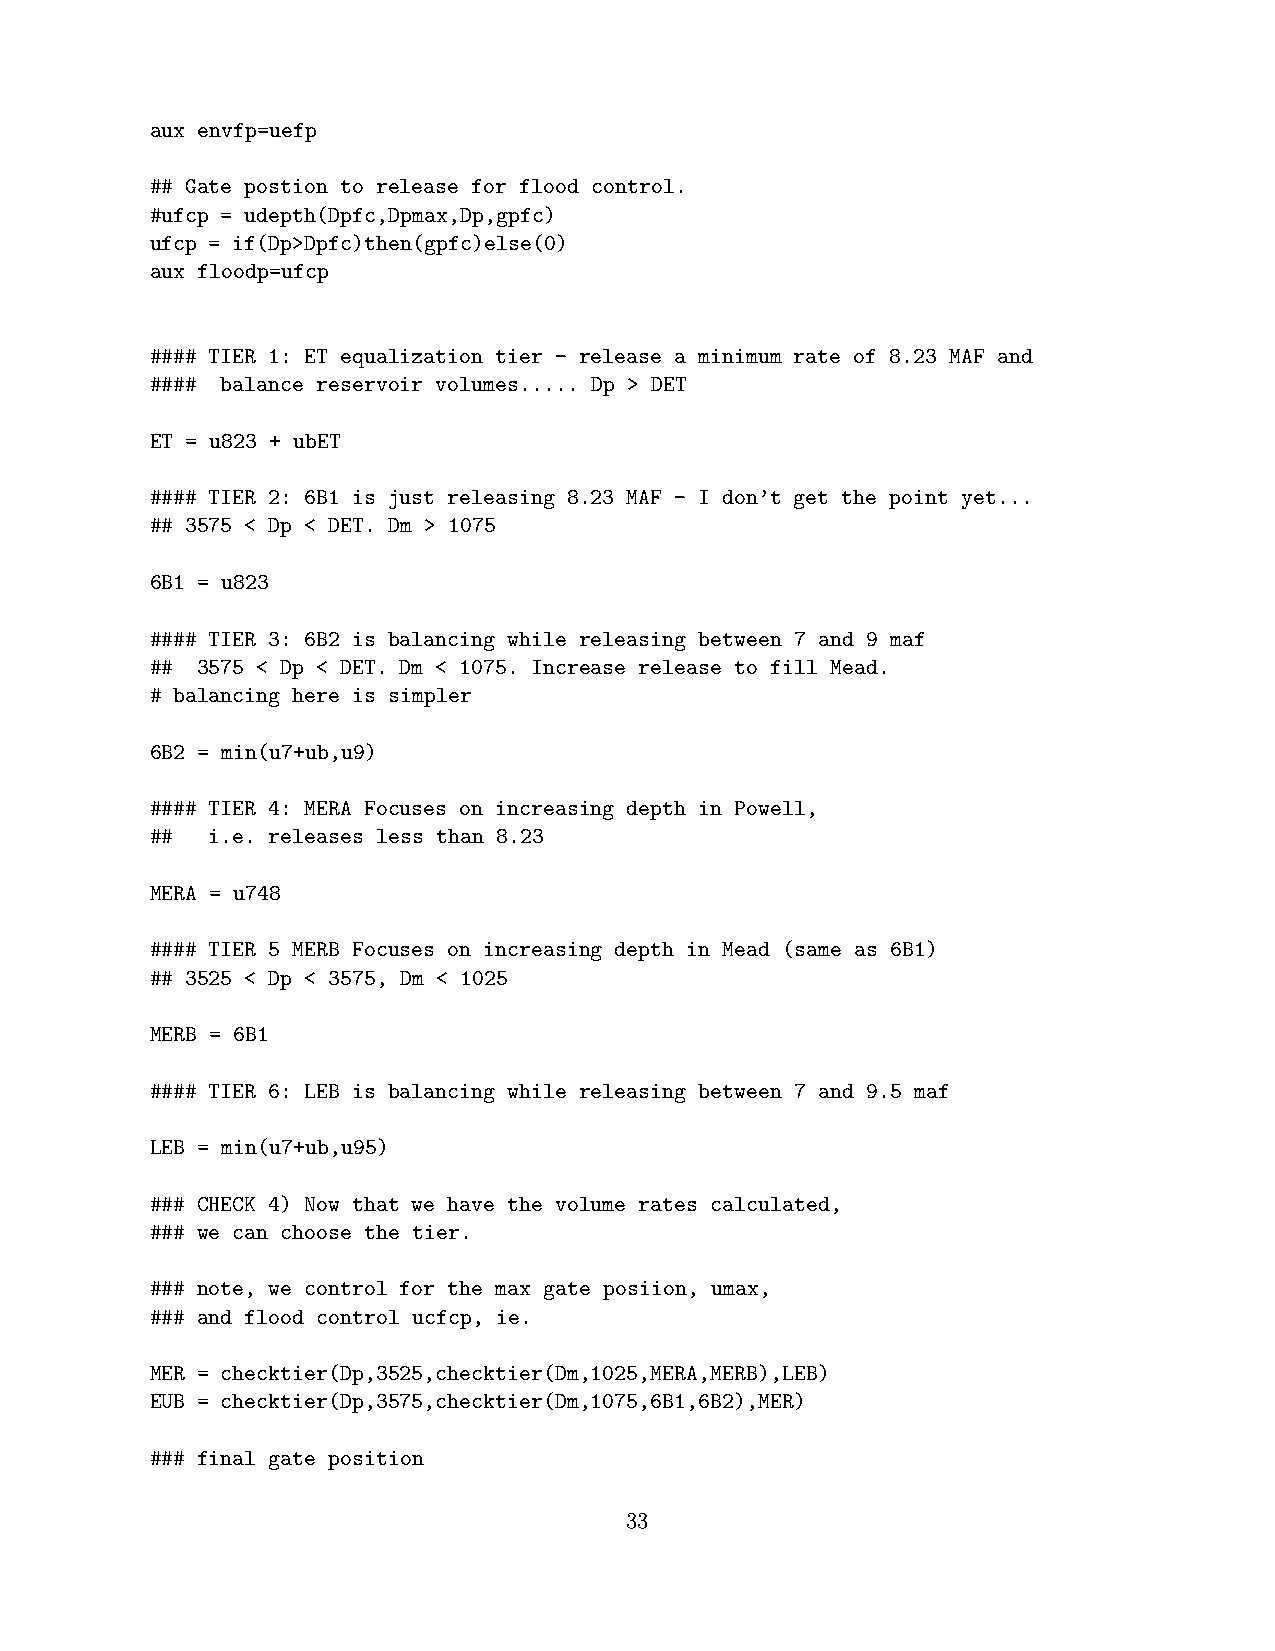
aux envfp=uefp
 ## Gate postion to release for flood control.
 #ufcp = udepth(Dpfc,Dpmax,Dp,gpfc)
 ufcp = if(Dp>Dpfc)then(gpfc)else(0)
 aux floodp=ufcp
 #### TIER 1: ET equalization tier - release a minimum rate of 8.23 MAF and
 #### balance reservoir volumes..... Dp > DET
 ET = u823 + ubET
 #### TIER 2: 6B1 is just releasing 8.23 MAF - I don’t get the point yet...
 ## 3575 < Dp < DET. Dm > 1075
 6B1 = u823
 #### TIER 3: 6B2 is balancing while releasing between 7 and 9 maf
 ## 3575 < Dp < DET. Dm < 1075. Increase release to fill Mead.
 # balancing here is simpler
 6B2 = min(u7+ub,u9)
 #### TIER 4: MERA Focuses on increasing depth in Powell,
 ##  i.e. releases less than 8.23
 MERA = u748
 #### TIER 5 MERB Focuses on increasing depth in Mead (same as 6B1)
 ## 3525 < Dp < 3575, Dm < 1025
 MERB = 6B1
 #### TIER 6: LEB is balancing while releasing between 7 and 9.5 maf
 LEB = min(u7+ub,u95)
 ### CHECK 4) Now that we have the volume rates calculated,
 ### we can choose the tier.
 ### note, we control for the max gate posiion, umax,
 ### and flood control ucfcp, ie.
 MER = checktier(Dp,3525,checktier(Dm,1025,MERA,MERB),LEB)
 EUB = checktier(Dp,3575,checktier(Dm,1075,6B1,6B2),MER)
 ### final gate position
 33